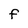
Character: F